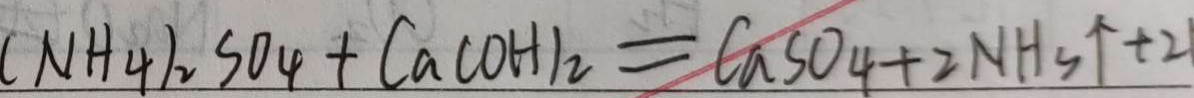
( N H _ { 4 } ) _ { 2 } S O _ { 4 } + C a ( O H ) _ { 2 } = C a S O _ { 4 } + 2 N H _ { 3 } \uparrow + 2